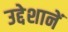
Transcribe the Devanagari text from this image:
उद्देशानें